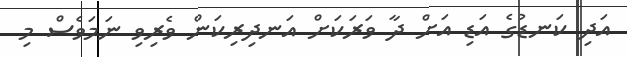
އަދި ކަނޑުގެ އަޑި އަށް ދާ ވަރަކަށް އަނދިރިކަން ވެރިވި ނަމަވެސް މި